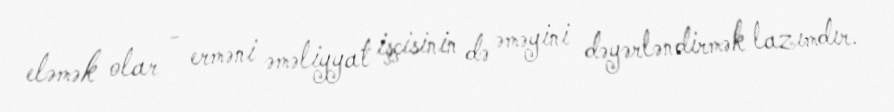
eləmək olar - erməni əməliyyat işçisinin də əməyini dəyərləndirmək lazımdır.